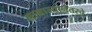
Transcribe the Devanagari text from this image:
साम्राज्यानंतरचे